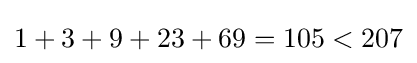
1+3+9+23+69=105<207